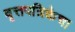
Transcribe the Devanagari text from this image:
वृत्तपत्रिकेचा